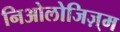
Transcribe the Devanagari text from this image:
निओलोजिज़्म